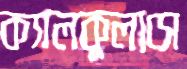
ক্যালকুলাসে